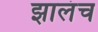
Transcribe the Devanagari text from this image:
झालंच